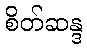
စိတ်ဆန္ဒ